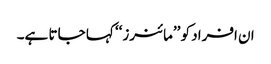
ان افراد کو ’’مائنرز‘‘ کہا جاتا ہے۔